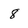
Character: 8